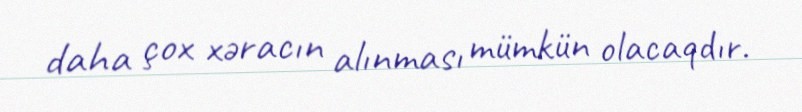
daha çox xəracın alınması mümkün olacaqdır.